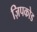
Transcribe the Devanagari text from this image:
ज़िपकोड